Civil Veterinary Department Bihar & Orissa reports 1922-29 - 1922-1929
Year: 1922
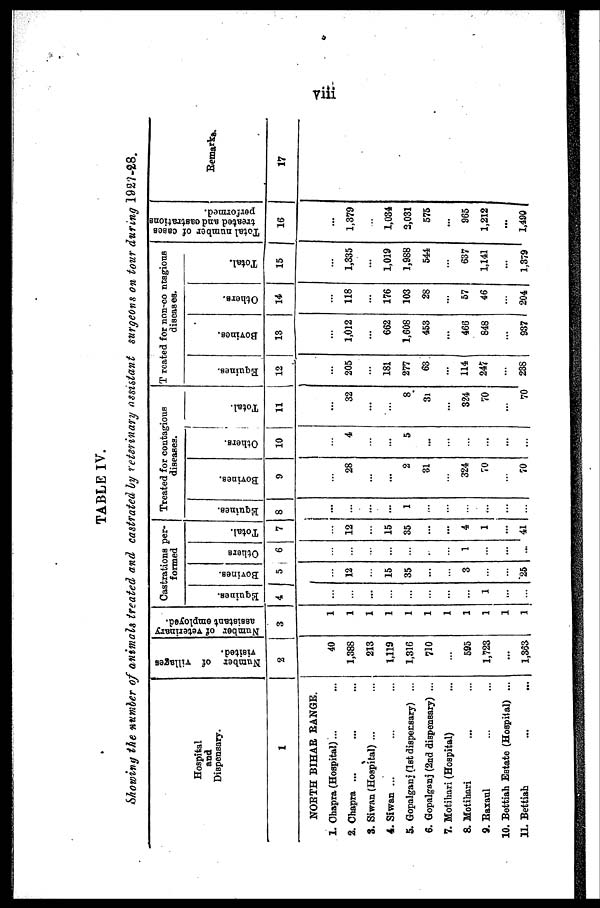
viii
TABLE IV.
Showing the number of animals treated and castrated by veterinary assistant surgeons on tour during 1927-28.
Hospital
and
Dispensary.
1
NORTH BIHAR RANGE.
1. Chapra (Hospital)...
2. Chapra ...
8. Siwan (Hospital) ...
4. Siwan ...
5. Gopalganj (1st dispensary) ...
6. Gopalganj (2nd dispensary) ...
7. Motihari (Hospital)
8. Motihari
9. Baxaul
10. Bettiah Estate (Hospital) ...
11. Bettiah
Number of villages
visited.
2
40
1,388
213
1,119
1,316
710
...
595
1,723
...
1,383
Number of veterinary
assistant employed.
3
1
1
1
1
1
1
1
1
1
1
1
Castrations per-
formed
Equines.
4
...
...
...
...
...
...
...
...
1
...
...
Bovines.
5
...
12
...
15
35
...
...
3
...
...
25
Others
6
...
...
...
...
...
...
...
1
...
...
...
Total.
7
...
12
...
15
35
...
...
4
1
...
41
Treated for contagious
diseases.
Equines.
8
...
...
...
...
1
...
...
...
...
...
...
Bovines.
9
...
28
...
...
2
31
...
324
70
...
70
Others.
10
...
4
...
...
5
...
...
...
...
...
...
Total.
11
...
32
...
...
8
3l
...
324
70
...
70
T reated for non-co ntagious
diseases.
Equines.
12
205
...
181
277
63
...
114
247
...
238
Bovines.
13
1,012
...
662
1,608
453
...
466
848
...
937
Others.
14
118
...
176
103
28
...
57
46
...
204
Total.
15
1,335
...
1,019
1,988
544
...
637
1,141
...
1,379
Total number of cases
treated and castrations
performed.
16
...
1,379
...
1,034
2,031
575
...
965
1,212
...
1,490
Remarks.
17